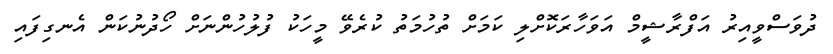
ދުވަސްވީއިރު އަފްރާޝީމް އަވަހާރަކޮށްލި ކަމަށް ތުހުމަތު ކުރެވޭ މީހަކު ފުލުހުންނަށް ހޯދުނުކަން އެނގިފައި